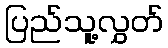
ပြည်သူ့လွှတ်